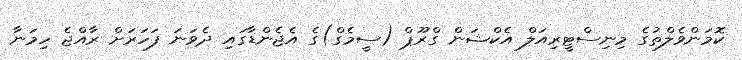
ކޮމަންވެލްތުގެ މިނިސްޓީރިއަލް އެކްޝަން ގްރޫޕް (ސީމެގް)ގެ އެޖެންޑާގައި ދެވަނަ ފަހަރަށް ރާއްޖެ ހިމަނާ